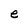
Character: e